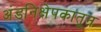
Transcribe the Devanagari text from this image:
अंडनिक्षेपकातून